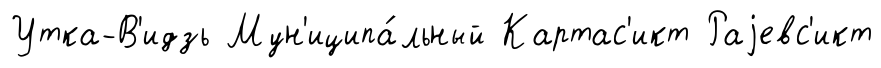
Утка-В'идзь Мун'иципа́льный Картас'икт Раjевс'икт